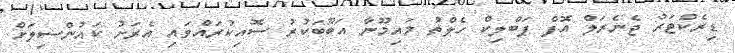
ޑިރެކްޓަރު ޖެނެރަލް އޮފް ޕަބްލިކް ހެލްތު މައިމޫނާ އަބޫބަކުރު ސޮއިކުރައްވައި އެރަށު ކައުންސިލަށް